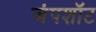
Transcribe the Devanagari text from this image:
जंपशॉट